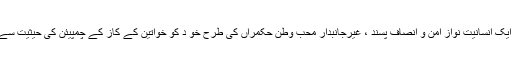
مودی نے ایک انسانیت نواز امن و انصاف پسند ، غیرجانبدار محب وطن حکمراں کی طرح خو د کو خواتین کے کاز کے چمپیئن کی حیثیت سے پیش کیا ۔